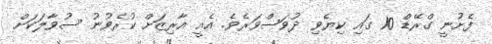
ފެށުނީ ގްރޭޑް 10 ގައި ކިޔެވި ދުވަސްވަރެވެ. އެއީ އާރިޒަށް ކުރެވުނު ސުވާލަކަށް